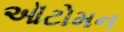
ઑટોમન